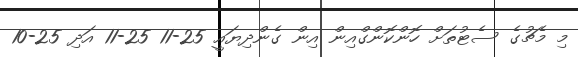
މި މެޗުގެ ސެޓުތަށް ހޮންކޮންގްއިން އިން ގެންދިޔައީ 25-11 25-11 އަދި 25-10